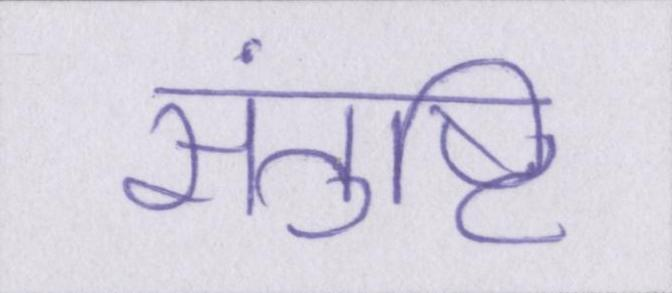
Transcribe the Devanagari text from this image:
संतुष्टि